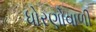
ધોરણોવાળી